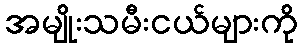
အမျိုးသမီးငယ်များကို